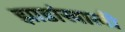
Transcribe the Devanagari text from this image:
झाडांखाली